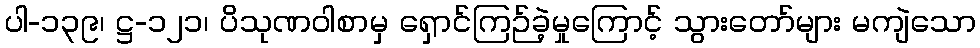
ပါ-၁၃၉၊ ဋ္ဌ-၁၂၁၊ ပိသုဏဝါစာမှ ရှောင်ကြဉ်ခဲ့မှုကြောင့် သွားတော်များ မကျဲသော